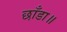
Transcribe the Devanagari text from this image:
छाँडा॥